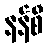
နန်စီ